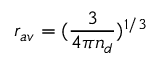
r _ { a v } = ( \frac { 3 } { 4 \pi n _ { d } } ) ^ { 1 / 3 }